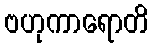
ဗဟုကာရောတိ